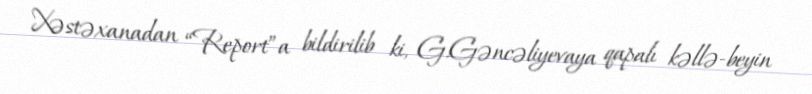
Xəstəxanadan “Report”a bildirilib ki, G.Gəncəliyevaya qapalı kəllə-beyin